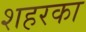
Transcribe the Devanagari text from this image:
शहरका